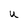
Character: U